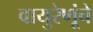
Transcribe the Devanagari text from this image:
वायुरेणूंचे